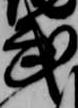
武